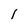
Character: I